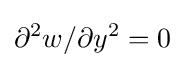
\partial ^{2}w/\partial y^{2}=0